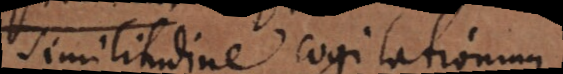
similitudine cogitationum